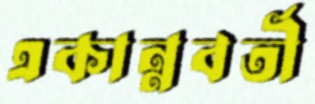
একান্নবর্তী